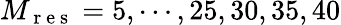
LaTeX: M_{\mathrm{~r~e~s~}}=5,\cdots,25,30,35,40